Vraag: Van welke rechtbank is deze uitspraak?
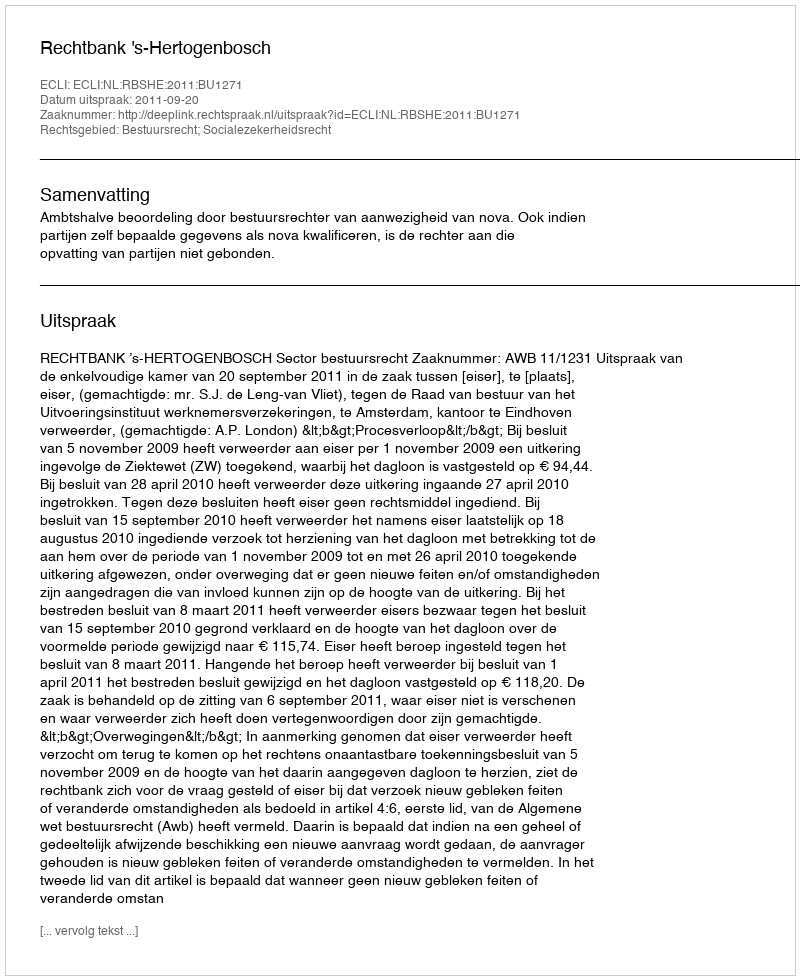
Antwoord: Rechtbank 's-Hertogenbosch